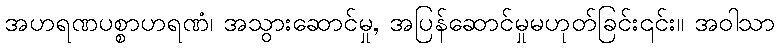
အဟရဏပစ္စာဟရဏံ၊ အသွားဆောင်မှု, အပြန်ဆောင်မှုမဟုတ်ခြင်း၎င်း။ အဝါသာ